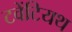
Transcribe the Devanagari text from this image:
टवेंटियथ